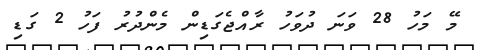
މޭ މަހު 28 ވަނަ ދުވަހު ރާއްޖެގަޑިން މެންދުރު ފަހު 2 ގަޑި